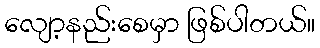
လျော့နည်းစေမှာ ဖြစ်ပါတယ်။